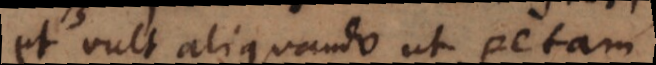
t vult aliquando ut petam,